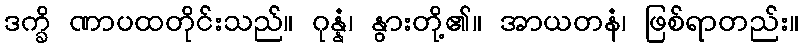
ဒက္ခိ ဏာပထတိုင်းသည်။ ဂုန္နံ၊ နွားတို့၏။ အာယတနံ၊ ဖြစ်ရာတည်း။